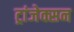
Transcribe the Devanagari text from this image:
ट्रांजेक्सन